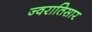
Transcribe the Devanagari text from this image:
ज्वरातिसार